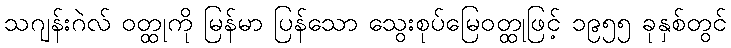
သဂျန်းဂဲလ် ဝတ္ထုကို မြန်မာ ပြန်သော သွေးစုပ်မြေဝတ္ထုဖြင့် ၁၉၅၅ ခုနှစ်တွင်